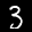
Label: 3